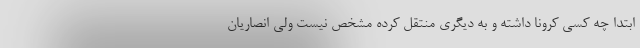
ابتدا چه کسی کرونا داشته و به دیگری منتقل کرده مشخص نیست ولی انصاریان